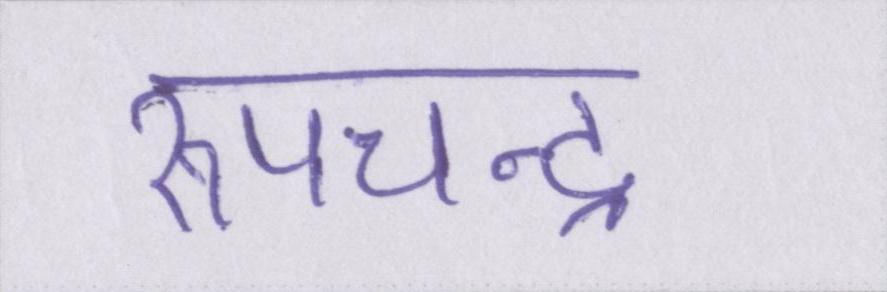
रूपचन्द्र